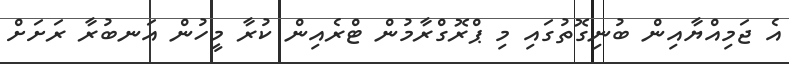
އެ ޖަމިއްޔާއިން ބުނިގޮތުގައި މި ޕްރޮގްރާމުން ޓްރެއިން ކުރާ މީހުން އަނބުރާ ރަށަށް